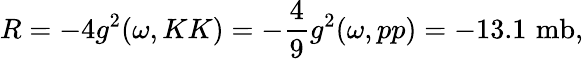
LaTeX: R=-4g^{2}(\omega,KK)=-\frac{4}{9}g^{2}(\omega,pp)=-13.1\, \, \mathrm{mb},